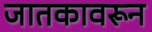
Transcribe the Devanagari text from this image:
जातकावरून